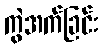
ကွဲအက်ခြင်း